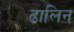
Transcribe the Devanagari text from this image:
ढालिन